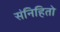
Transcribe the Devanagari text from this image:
संनिहितो